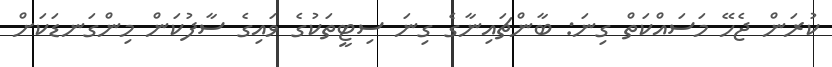
ކުރަން ޖެހޭ މަސައްކަތް ގިނަ: ބާންޗައިނާގެ ގިނަ ސިޓީތަކުގެ ވައިގެ ސާފުކަން މިންގަނޑަކަށް